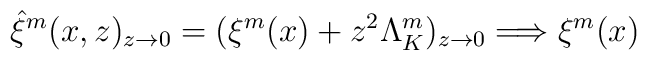
\hat \xi^m (x,z)_{z\rightarrow 0}  = (\xi^m(x) + z^2  \Lambda_K^m)_{z\rightarrow 0} \Longrightarrow \xi^m(x) \,